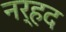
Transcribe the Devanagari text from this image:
नर्हद